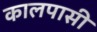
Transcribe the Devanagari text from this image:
कालपासी